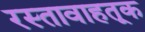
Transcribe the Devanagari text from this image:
रस्तावाहतूक